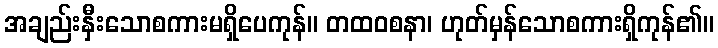
အချည်းနှီးသောစကားမရှိပေကုန်။ တထဝစနာ၊ ဟုတ်မှန်သောစကားရှိကုန်၏။